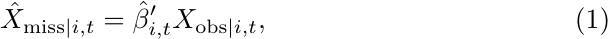
\begin{align}
\hat{X}_{\text{\text{miss}}|i,t} & =\text{\ensuremath{\hat{\beta}_{i,t}^{\prime}}}X_{\text{\text{obs}}|i,t},\label{eq:em-regression}
\end{align}